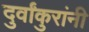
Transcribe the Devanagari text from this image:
दुर्वांकुरांनी